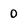
Character: 0